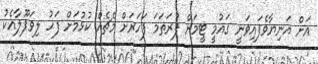
އަށް އަނިޔާވެފައިވަނީ ގައުމީ ޓީމަށް ފުރަތަމަ ފަހަރަށް މެޗެއް ކުޅުމަށް ފަހު ލިވަޕޫލާއެކު